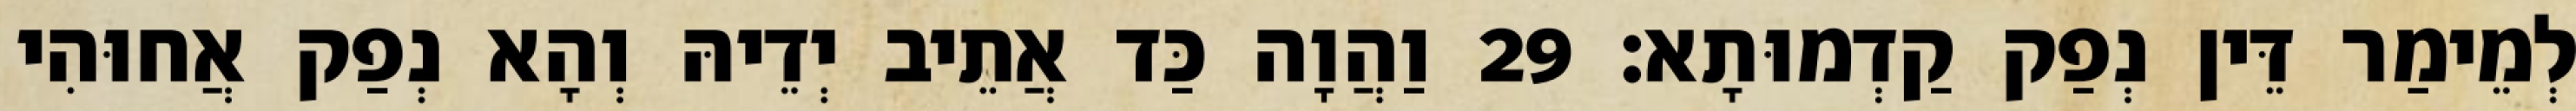
לְמֵימַר דֵּין נְפַק קַדְמוּתָא׃ 29 וַהֲוָה כַּד אֲתֵיב יְדֵיהּ וְהָא נְפַק אֲחוּהִי